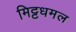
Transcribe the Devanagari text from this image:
मिट्टधमल